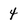
Character: 4